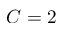
C = 2